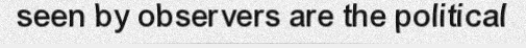
seen by observers are the political